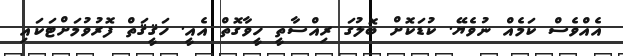
އެއްވެސް ކަމެއް ނުވެޔޭ. ކުޑަކޮށް ބޮލުގަ ރިއްސާތީ ހީވާގޮތް އެއީ. ހަޤީޤަތް ފޮރުވުމަށްޓަކައި